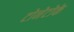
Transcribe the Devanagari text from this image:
टोनेटोके